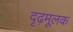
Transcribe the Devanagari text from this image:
दृढ़मूलक